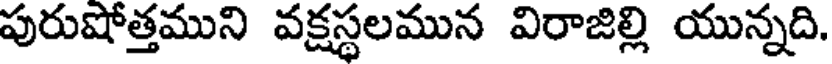
పురుషోత్తముని వక్షస్థలమున విరాజిల్లి యున్నది.